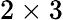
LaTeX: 2\times 3